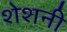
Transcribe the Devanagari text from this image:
शेशनी